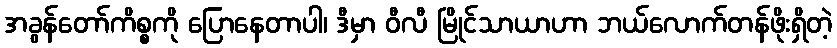
အခွန်တော်ကိစ္စကို ပြောနေတာပါ၊ ဒီမှာ ဝီလီ မြိုင်သာယာဟာ ဘယ်လောက်တန်ဖိုးရှိတဲ့